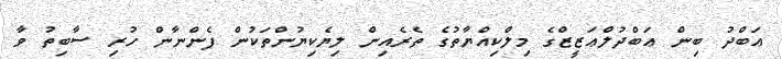
ޢަބްދު ބިން ޢަބްދުލްޢަޒީޒްގެ މިލްކިއްޔާތުގެ ތެރެއިން ލިޔެކިޔުންތަކުން ފެންނާން ހުރި ސާބިތު ވާ